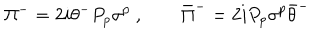
\Pi ^ { - } = 2 i \theta ^ { - } P _ { p } \sigma ^ { p } \ , \qquad \bar { \Pi } ^ { - } = 2 i P _ { p } \sigma ^ { p } \bar { \theta } ^ { - }